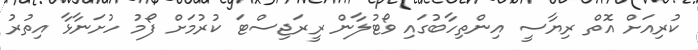
ކުރިއަށް އޮތް ރިޔާސީ އިންތިހާބުގައި ވޯޓުލާން ރީރަޖިސްޓަ ކުރުމަށް ފޯމު ހުށަނާޅާ އިތުރު